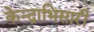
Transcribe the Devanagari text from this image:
केन्द्राभिसारी